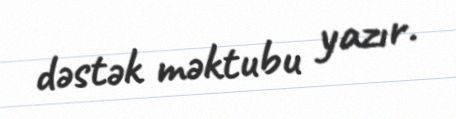
dəstək məktubu yazır.